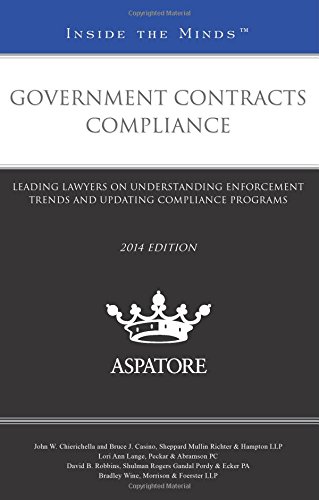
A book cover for Government Contracts Compliance, 2014 ed.: Leading Lawyers on Understanding Enforcement Trends and Updating Compliance Programs (Inside the Minds); Multiple Authors; Law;